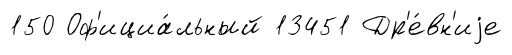
150 Оф'ициа́льный 13451 Др'е́вн'иjе